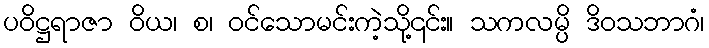
ပဝိဋ္ဌရာဇာ ဝိယ၊ စ၊ ဝင်သောမင်းကဲ့သို့၎င်း။ သကလမ္ပိ ဒိဝသဘာဂံ၊